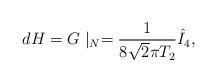
LaTeX: \begin{align*}d H = G\mid_N = {1\over 8\sqrt{2} \pi T_2} \hat{I}_4,\end{align*}